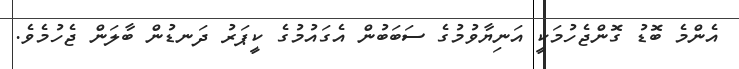
އެންމެ ބޮޑު ގޮންޖެހުމަކީ އަނިޔާވުމުގެ ސަބަބުން އެގައުމުގެ ކީޕަރު ދަނޑުން ބާލަން ޖެހުމެވެ.